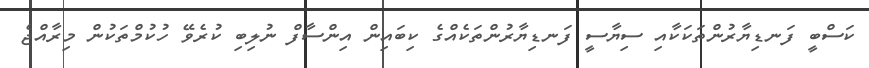
ކަސްބީ ފަނޑިޔާރުންތަކަކާއި ސިޔާސީ ފަނޑިޔާރުންތަކެއްގެ ކިބައިން އިންސާފް ނުލިބި ކުރެވޭ ހުކުމްތަކުން މިރާއްޖެ